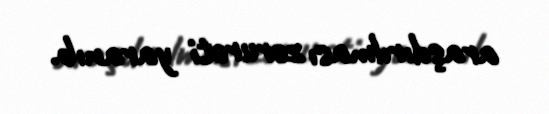
araşdırılması zərurəti yaranıb.